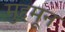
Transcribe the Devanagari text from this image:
मुद्दमून